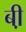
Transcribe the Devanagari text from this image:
बी़